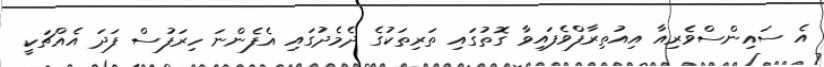
އެ ސައިންސްވެރިއާ އިއުތިރާފްވެފައިވާ ގޮތުގައި ތަރިތަކުގެ ދެމެދުގައި އެފެންނަ ހިރަފުސް ފަދަ އެއްޗަކީ